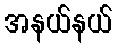
အနယ်နယ်